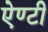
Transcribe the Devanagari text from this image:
ऐण्टी